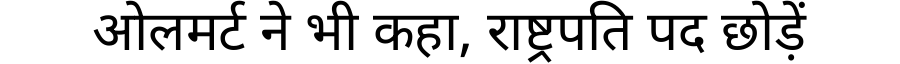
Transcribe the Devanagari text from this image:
ओलमर्ट ने भी कहा, राष्ट्रपति पद छोड़ें